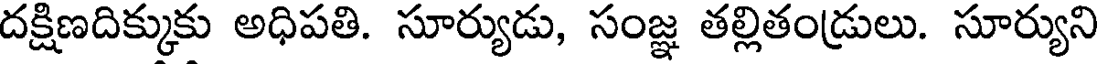
దక్షిణదిక్కుకు అధిపతి. సూర్యుడు, సంజ్ఞ తల్లితండ్రులు. సూర్యుని